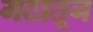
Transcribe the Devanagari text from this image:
मठातून